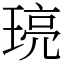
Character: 𤦻